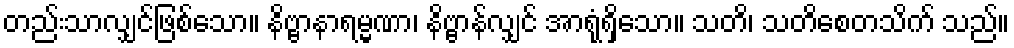
တည်းသာလျှင်ဖြစ်သော။ နိဗ္ဗာနာရမ္မဏာ၊ နိဗ္ဗာန်လျှင် အာရုံရှိသော။ သတိ၊ သတိစေတသိက် သည်။